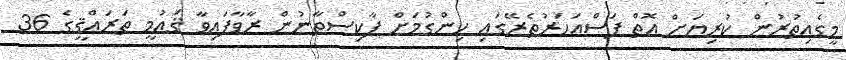
މީގެއިތުރުން ކުރިޔަށް އޮތް ފަސްއަހަރުތެރޭގައި ހިންގުމަށް ޕާކިސްތާނުން ރާވާފައިވާ ޤައުމީ ތަރައްޤީގެ 36